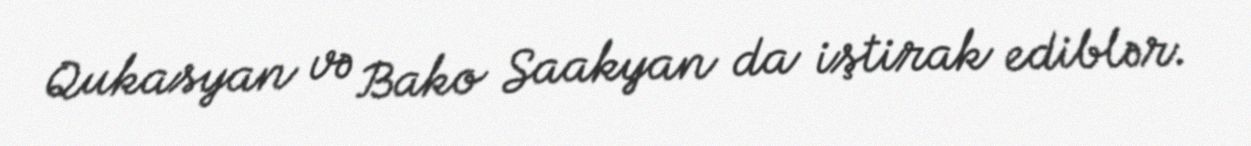
Qukasyan və Bako Saakyan da iştirak ediblər.